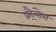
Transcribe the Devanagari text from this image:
फ्रौन्सेस